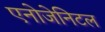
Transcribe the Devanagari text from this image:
एनोजेनिटल